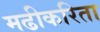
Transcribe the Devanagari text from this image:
मढीकरिता